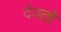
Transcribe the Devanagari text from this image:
देवतों